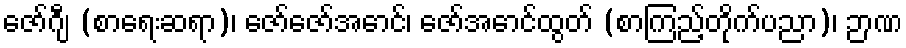
ဇော်ဂျီ (စာရေးဆရာ)၊ ဇော်ဇော်အောင်၊ ဇော်အောင်ထွတ် (စာကြည့်တိုက်ပညာ)၊ ဉာဏ